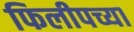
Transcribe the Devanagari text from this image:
फिलीपच्या